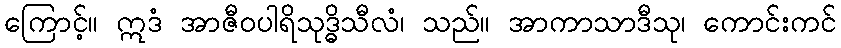
ကြောင့်။ ဣဒံ အာဇီဝပါရိသုဒ္ဓိသီလံ၊ သည်။ အာကာသာဒီသု၊ ကောင်းကင်